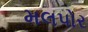
મલપોર